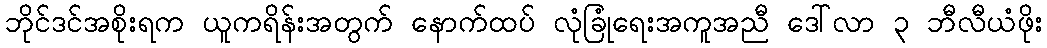
ဘိုင်ဒင်အစိုးရက ယူကရိန်းအတွက် နောက်ထပ် လုံခြုံရေးအကူအညီ ဒေါ်လာ ၃ ဘီလီယံဖိုး